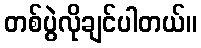
တစ်ပွဲလိုချင်ပါတယ်။